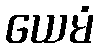
ယေမံ